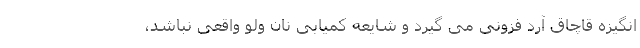
انگیزه قاچاق آرد فزونی می گیرد و شایعه کمیابی نان ولو واقعی نباشد،